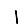
Digit: 1